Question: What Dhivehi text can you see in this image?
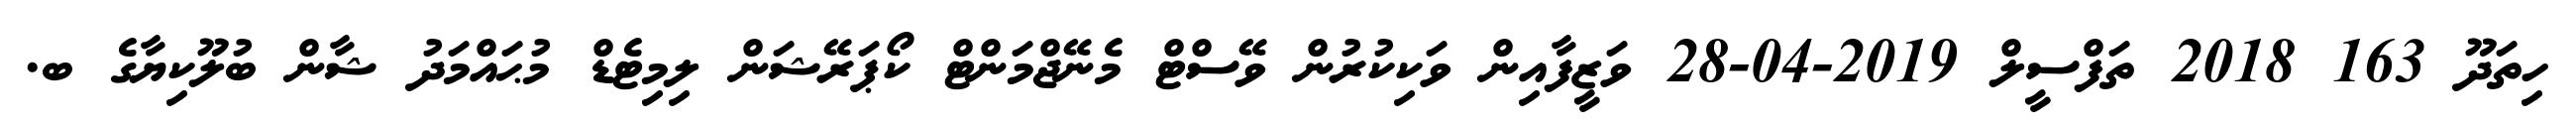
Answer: ހިތަދޫ 163 2018 ތަފްސީލް 2019-04-28 ވަޒީފާއިން ވަކިކުރުން ވޭސްޓް މެނޭޖްމަންޓް ކޯޕަރޭޝަން ލިމިޓެޑް މުޙައްމަދު ޝާން ބުލޫކިޔާގެ ބ.